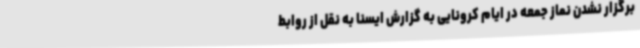
برگزار نشدن نماز جمعه در ایام کرونایی به گزارش ایسنا به نقل از روابط